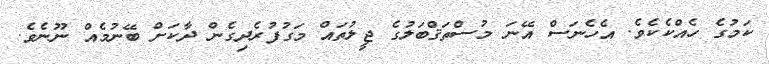
ކަމުގެ ހެއްކެކެވެ. އެހެނަސް އޭނަ މުސްތަޤްބަލުގެ ޖީލުތައް މަގުފުރެދިގެން ދާކަށް ބޭނުމެއް ނޫނެވެ.